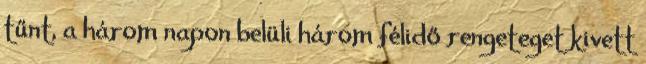
tűnt, a három napon belüli három félidő rengeteget kivett